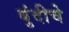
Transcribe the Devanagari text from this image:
बुंदीचे